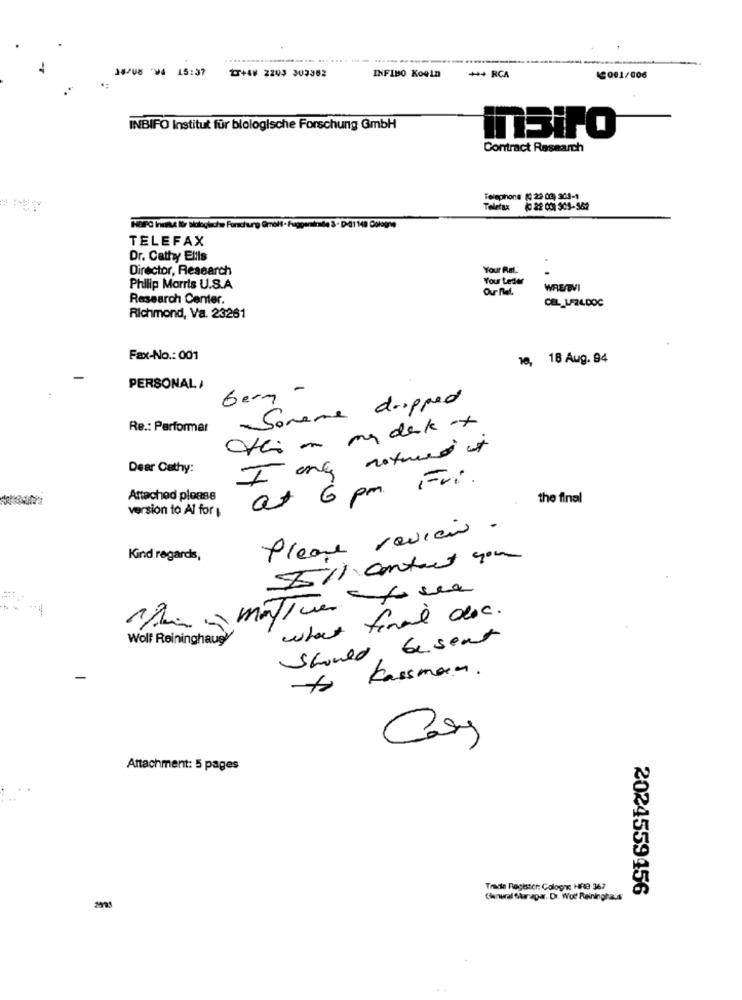
.....
14/08 94 15:37
27+4V 2203 303382
INFIBO Koein
+++ RCA
12001/006
INBIFO Institut für biologische Forschung @mbH
insiro
Contract Research
Telephone (C 22 02, 303-1
Telefax
DA1149 Cologne
TELEFAX
Dr. Cathy Elils
Director, Research
Your Rat.
Your Letter
Philip Morris U.S.A
WRESTVI
Research Center.
CEL_LFZL.DOC
Richmond, Va. 23261
Fax-No .: 001
10, 18 Aug. 94
PERSONAL /
Berg -
Sonene dropped
Re .: Parformar
atti ~ my desk -x
I ong notmed it
Dear Cathy:
at 6 pm Fri.
Attached please
the final
version to Al for
Please review .
Kind regards,
5511 Contact you
what final doc.
-
Wolf Reininghaugy
Should besent
-
to Kassman.
Cay
Attachment: 5 pages
Trade Register: Cology HRB 367
2024559456
Chenwal fikar apar. Dr. Wod Reininghaus